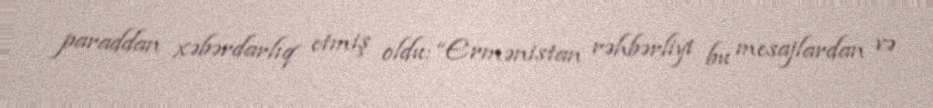
paraddan xəbərdarlıq etmiş oldu: “Ermənistan rəhbərliyi bu mesajlardan və